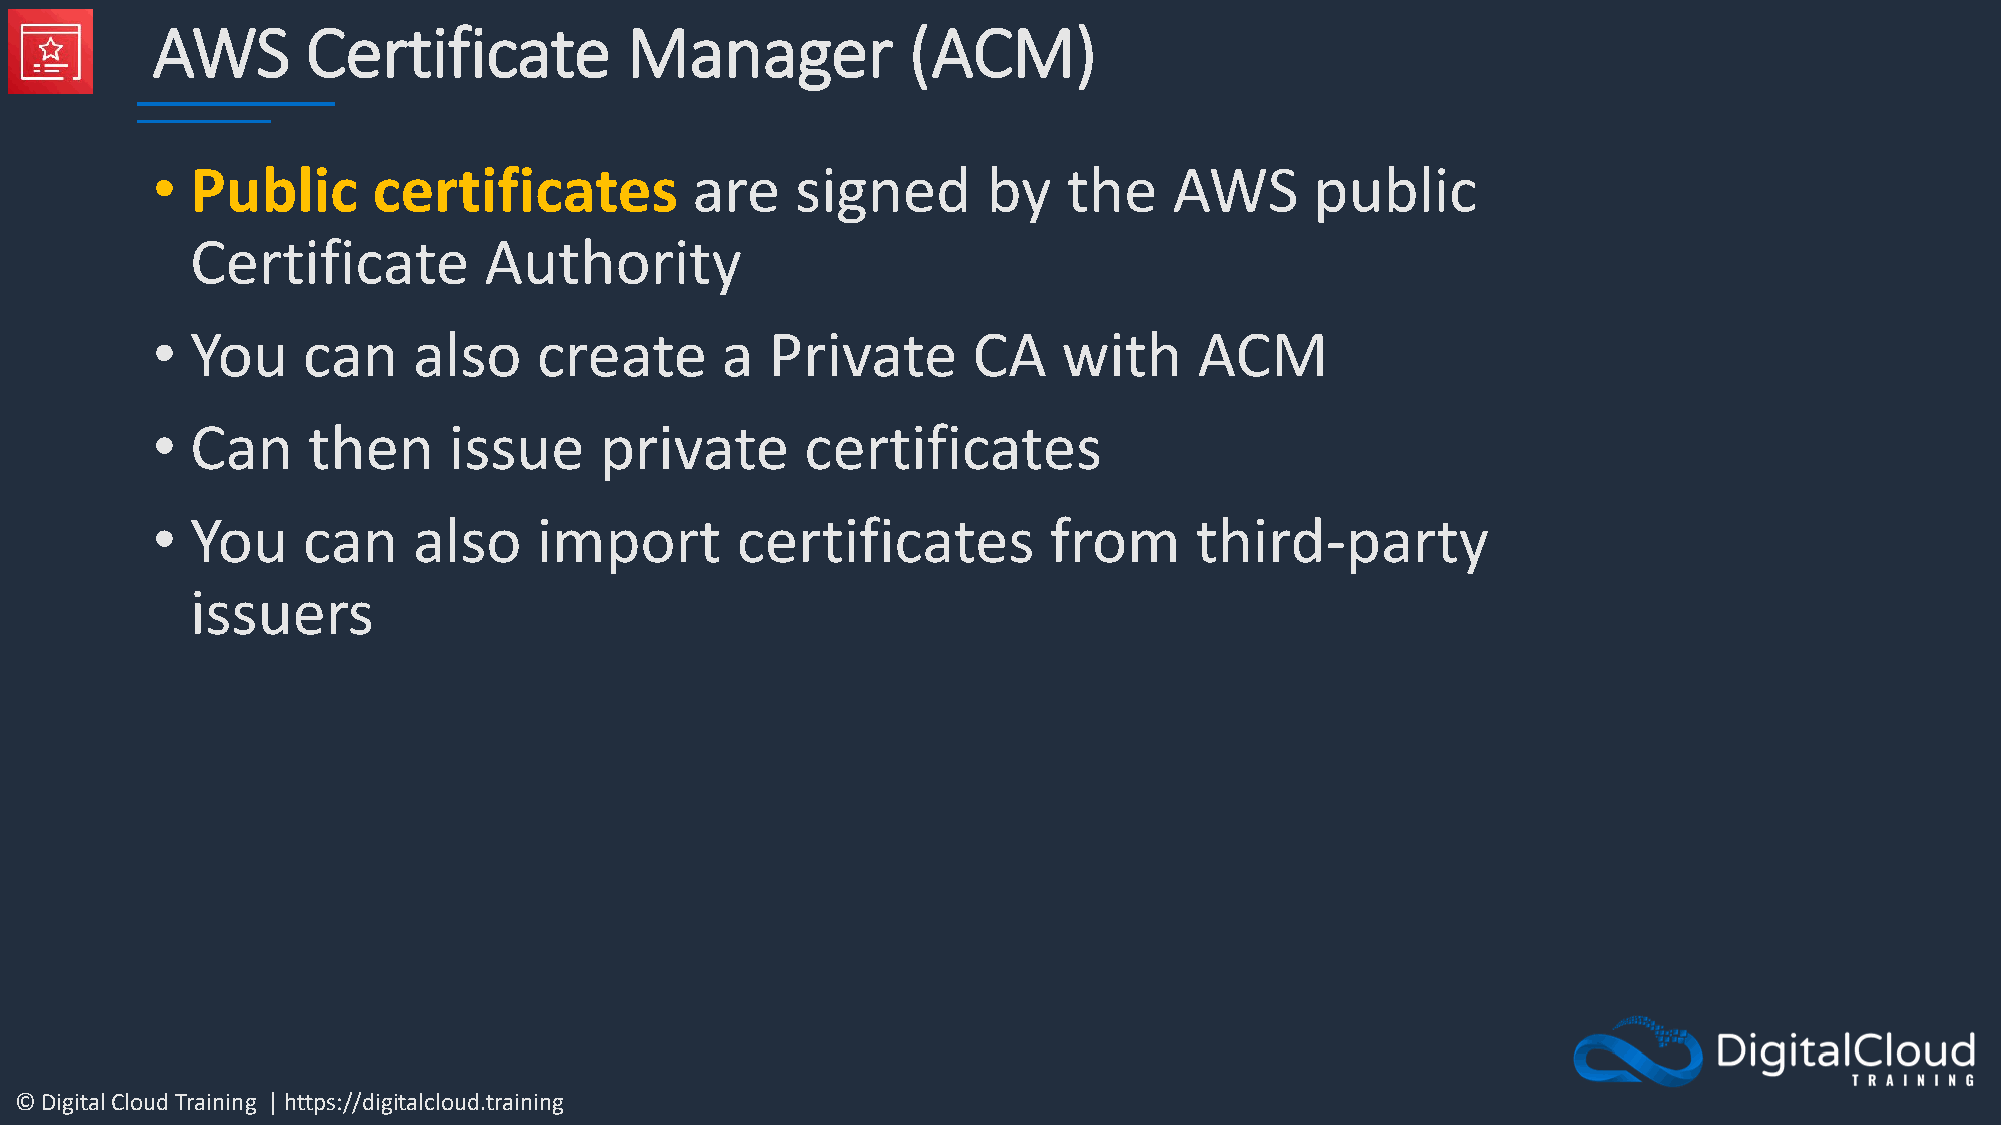
AWS       Certificate          Manager            (ACM)
 •  Public      certificates         are    signed      by    the    AWS      public
 Certificate        Authority
 •  You    can    also     create      a  Private      CA    with     ACM
 •  Can    then      issue     private      certificates
 •  You    can    also     import       certificates        from      third-party
 issuers
 © Digital Cloud Training | https://digitalcloud.training